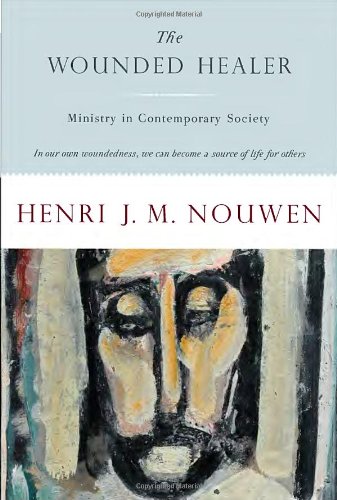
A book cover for The Wounded Healer: Ministry in Contemporary Society; Henri J. M. Nouwen; Christian Books & Bibles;